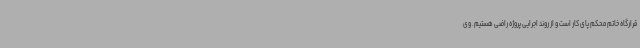
قرارگاه خاتم محکم پای کار است و از روند اجرایی پروژه راضی هستیم. وی